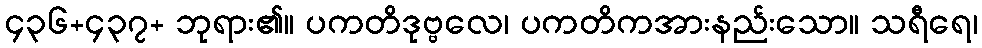
၄၃၆+၄၃၇+ ဘုရား၏။ ပကတိဒုဗ္ဗလေ၊ ပကတိကအားနည်းသော။ သရီရေ၊